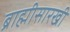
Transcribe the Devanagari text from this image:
ब्राह्मीसारखी